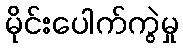
မိုင်းပေါက်ကွဲမှု